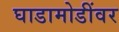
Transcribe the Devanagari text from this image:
घाडामोडींवर